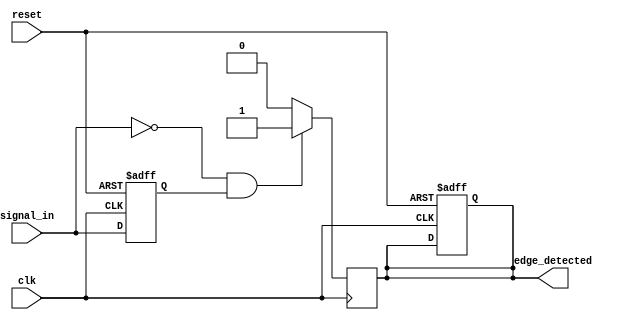
module negative_edge_detector (
    input wire clk,              // Clock signal
    input wire reset,            // Reset signal
    input wire signal_in,        // Input signal to detect negative edge
    output reg edge_detected     // Output signal indicating negative edge
);

    // Internal signal to hold the previous state of signal_in
    reg prev_signal;

    // D Flip-Flop to store the previous state
    always @(posedge clk or posedge reset) begin
        if (reset) begin
            prev_signal <= 1'b0;   // Initialize to 0 on reset
            edge_detected <= 1'b0; // Initialize edge_detected to 0
        end else begin
            prev_signal <= signal_in; // Sample signal_in on rising edge of clk
        end
    end

    // Edge detection logic
    always @(posedge clk) begin
        // Detect negative edge
        if (signal_in == 1'b0 && prev_signal == 1'b1) begin
            edge_detected <= 1'b1; // Set edge_detected high for one clock cycle
        end else begin
            edge_detected <= 1'b0; // Reset edge_detected after one cycle
        end
    end

endmodule